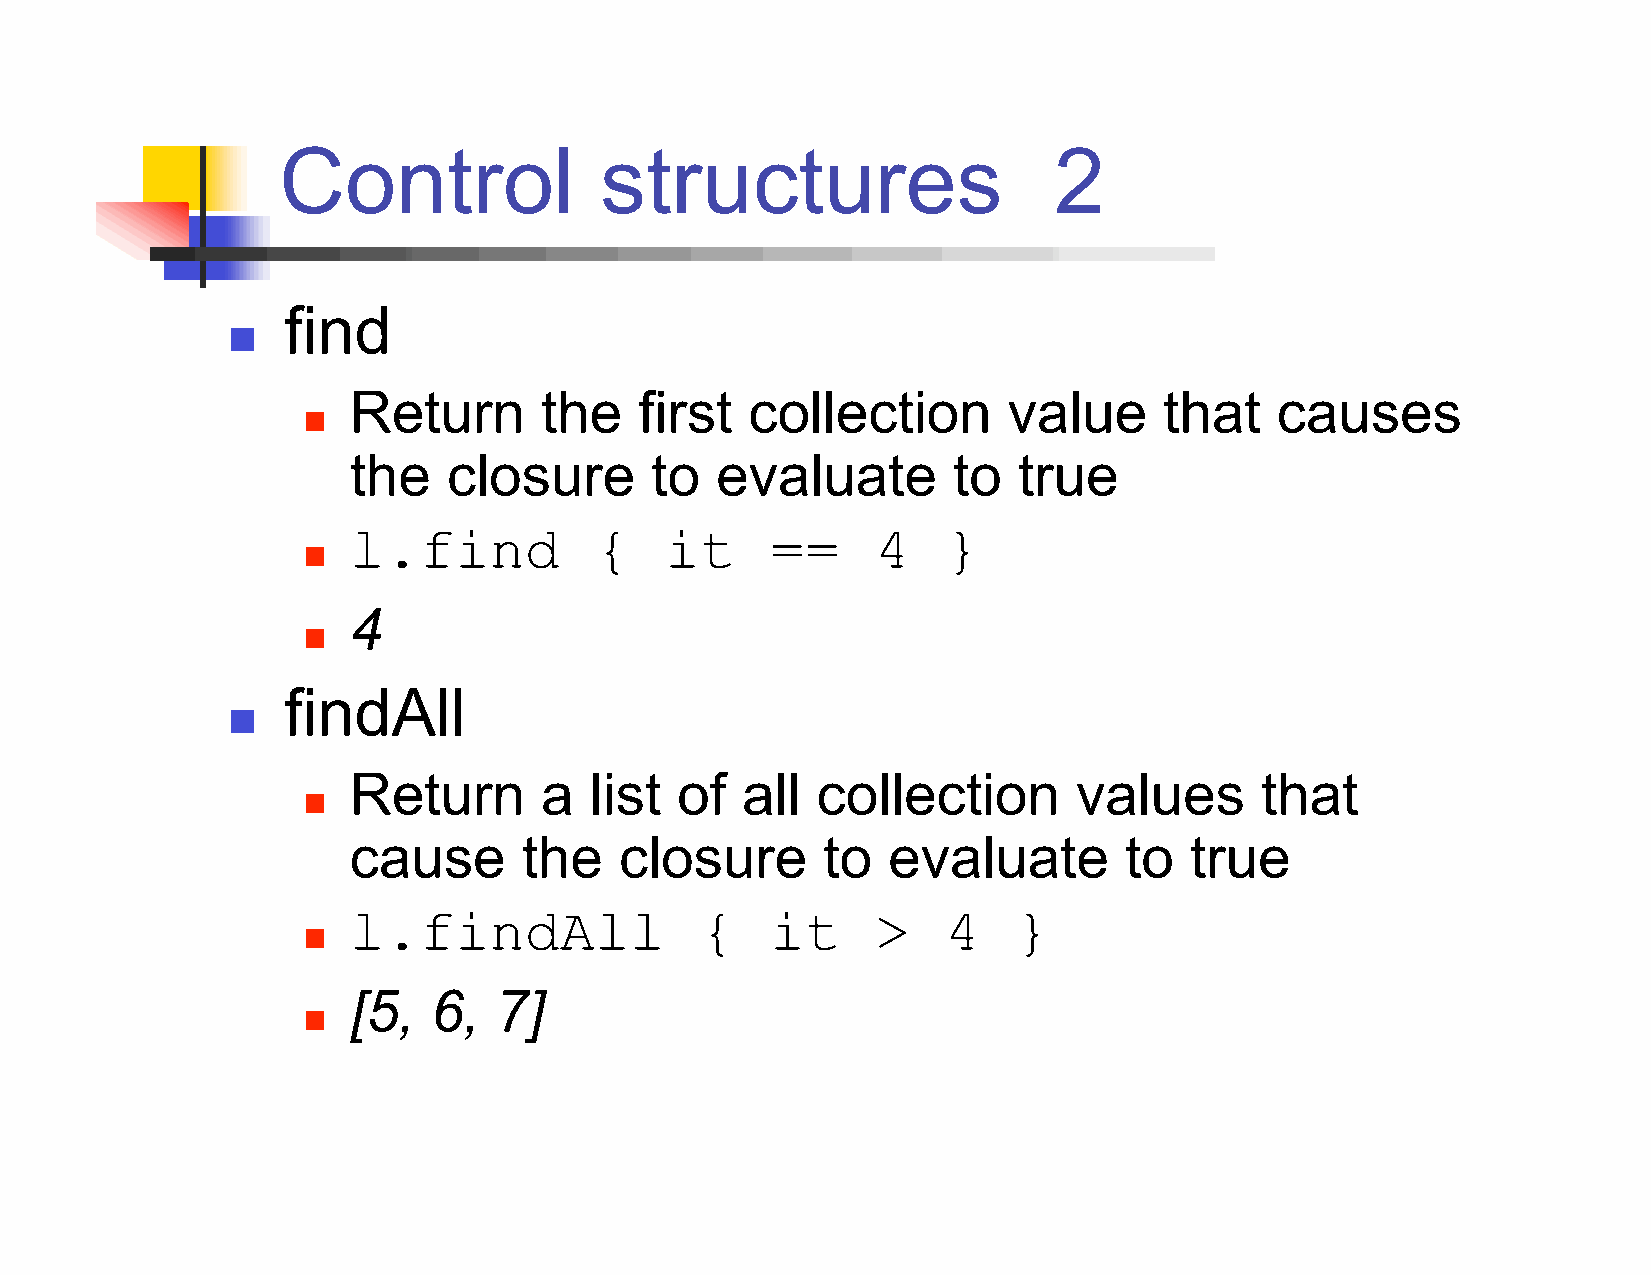
Control               structures                    2
 find
 
 Return       the   first   collection       value     that   causes
 
 the    closure      to  evaluate        to  true
 l.find          {    it     ==     4    }
 
 4
 
 findAll
 
 Return       a  list  of  all  collection       values      that
 
 cause       the   closure      to   evaluate       to   true
 l.findAll              {    it     >    4   }
 
 [5,   6,  7]
 